Scottish Leaving Certificate Examination, 1956
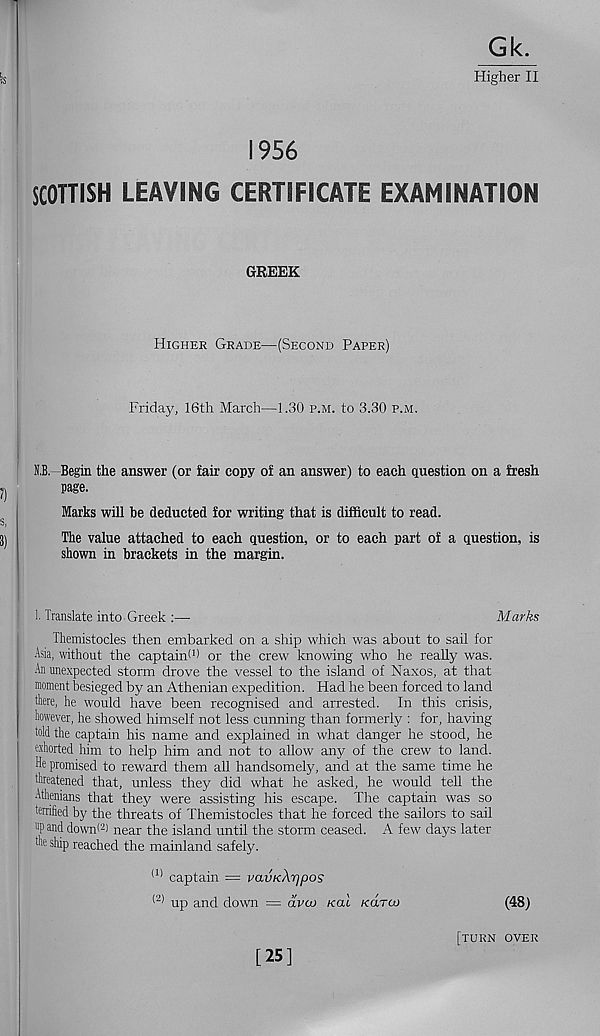
Gk.
Higher II
1956
SCOTTISH LEAVING CERTIFICATE EXAMINATION
GREEK
Higher Grade—(Second Paper)
Friday, 16th March—1.30 p.m. to 3.30 p.m.
N.B.—Begin the answer (or fair copy of an answer) to each question on a fresh
page.
Marks will be deducted for writing that is difficult to read.
The value attached to each question, or to each part of a question, is
shown in brackets in the margin.
1. Translate into Greek :—
Marks
Themistocles then embarked on a ship which was about to sail for
Asia, without the captainO) or the crew knowing who he really was.
An unexpected storm drove the vessel to the island of Naxos, at that
moment besieged by an Athenian expedition. Had he been forced to land
there, he would have been recognised and arrested. In this crisis,
however, he showed himself not less cunning than formerly : for, having
told the captain his name and explained in what danger he stood, he
exhorted him to help him and not to allow any of the crew to land.
He promised to reward them all handsomely, and at the same time he
threatened that, unless they did what he asked, he would tell the
Athenians that they were assisting his escape. Tire captain was so
terrified by the threats of Themistocles that he forced the sailors to sail
"P and down< 2 ) near the island until the storm ceased. A few days later
the ship reached the mainland safely.
(1) captain = vavKXrjpos
<2) up and down = avao /cat /carai
(48)
[turn over
[25]